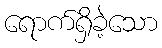
ရောက်ရှိခဲ့သော